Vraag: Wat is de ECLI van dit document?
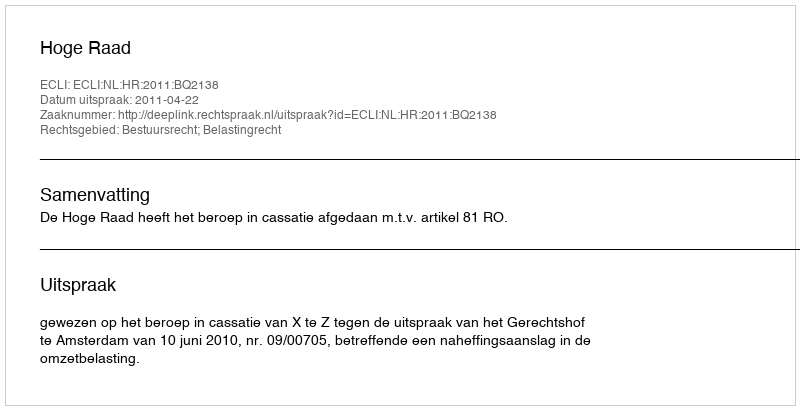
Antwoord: ECLI:NL:HR:2011:BQ2138